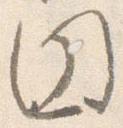
円